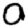
Digit: 0